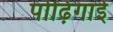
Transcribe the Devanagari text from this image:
पोढ़िगाई